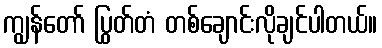
ကျွန်တော် ပြွတ်တံ တစ်ချောင်းလိုချင်ပါတယ်။